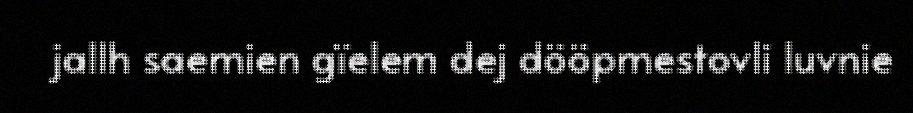
jallh saemien gïelem dej dööpmestovli luvnie